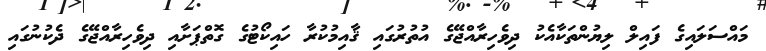
މައްސަލައިގެ ފައިލް ލިޔުންތަކާއެކު ދިވެހިރާއްޖޭގެ އުތުރުގައި ޤާއިމުކުރާ ހައިކޯޓުގެ ގޮތްޕަށާއި ދިވެހިރާއްޖޭގެ ދެކުނުގައި